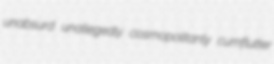
unabsurd unallegedly cosmopolitanly cumflutter